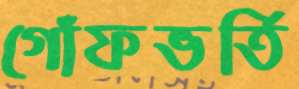
গোঁফভর্তি